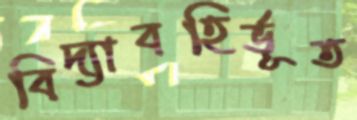
বিদ্যাবহির্ভূত